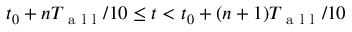
t _ { 0 } + n T _ { \mathrm { ~ a ~ l ~ l ~ } } / 1 0 \leq t < t _ { 0 } + ( n + 1 ) T _ { \mathrm { ~ a ~ l ~ l ~ } } / 1 0